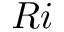
R i